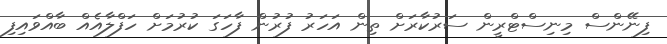
ފިނޭންސް މިނިސްޓްރީން ސަރުކާރަށް ތިން އަހަރު ފުރުން ފާހަގަ ކުރުމަށް ހަފްލާއެއް ބާއްވައިފި